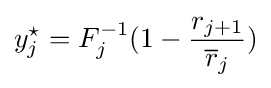
y_{j}^{\star }=F_{j}^{-1}(1-{\frac {r_{j+1}}{{\overline {r}}_{j}}})